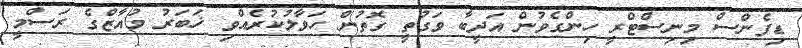
ޑިފެންސް މިނިސްޓްރީ ހިންގެވުން އަދީބާ ވަގުތީ ގޮތުން ހަވާލުކުރެއްވި ޚަބަރު މުއާޒްގެ ރަސްމީ